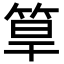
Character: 筸